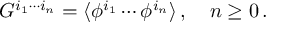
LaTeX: G ^ { i _ { 1 } \cdots i _ { n } } = \langle \phi ^ { i _ { 1 } } \cdots \phi ^ { i _ { n } } \rangle \, , \quad n \geq 0 \, .